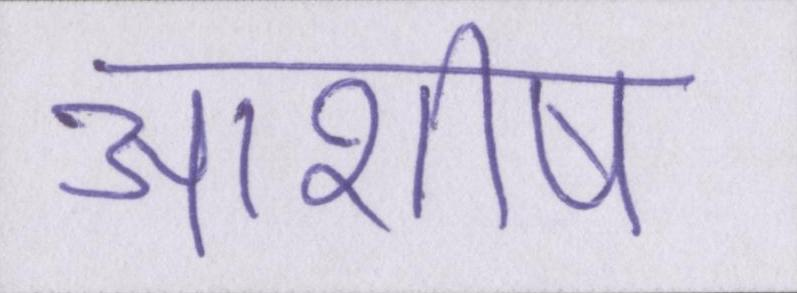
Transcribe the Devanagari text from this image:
आशीष